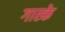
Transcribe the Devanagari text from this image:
गास्के